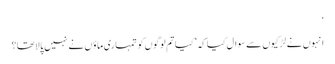
‘
انہوں نے لڑکیوں سے سوال کیا کہ ’کیا تم لوگوں کو تمہاری ماؤں نے نہیں پالا تھا؟